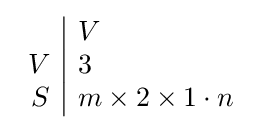
{\begin{array}{r|l}&V\\V&3\\S&m\times 2\times 1\cdot n\end{array}}